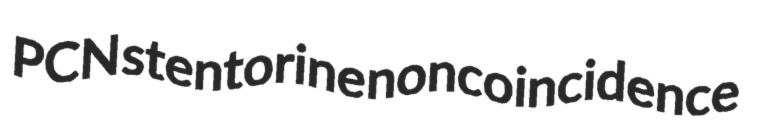
PCN stentorine noncoincidence